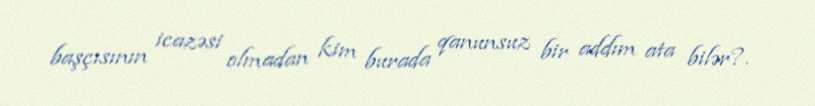
başçısının icazəsi olmadan kim burada qanunsuz bir addım ata bilər?.